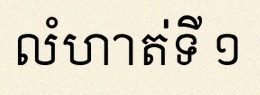
លំហាត់ទី ១